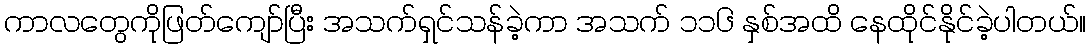
ကာလတွေကိုဖြတ်ကျော်ပြီး အသက်ရှင်သန်ခဲ့ကာ အသက် ၁၁၆ နှစ်အထိ နေထိုင်နိုင်ခဲ့ပါတယ်။